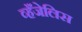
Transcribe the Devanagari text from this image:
व्हँजेलिस